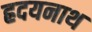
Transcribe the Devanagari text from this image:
ह्रदयनाथ